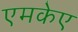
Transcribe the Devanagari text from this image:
एमकेए